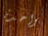
واحدة